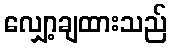
လျှော့ချထားသည်